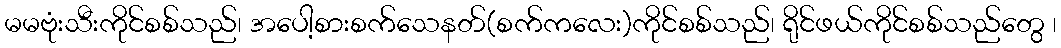
မမဗုံးသီးကိုင်စစ်သည်၊ အပေါ့စားစက်သေနတ်(စက်ကလေး)ကိုင်စစ်သည်၊ ရိုင်ဖယ်ကိုင်စစ်သည်တွေ ၊